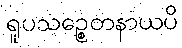
ရူပသဉ္စေတနာယပိ